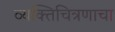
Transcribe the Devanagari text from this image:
व्यक्तिचित्रणाचा